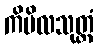
ကိမိလသုတ္တံ